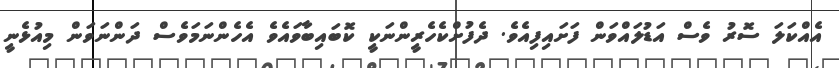
އެއްކަލަ ސޮރު ވެސް އަޑުލައްވަން ފަށައިފިއެވެ. ދެފުށްކެހެރީންނަކީ ކޮބައިބާވައެވެ އެހެންނަމަވެސް ދަންނަވަން މިއުޅެނީ